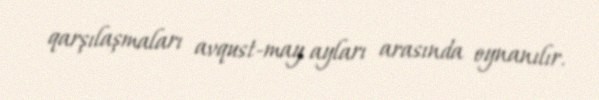
qarşılaşmaları avqust-may ayları arasında oynanılır.